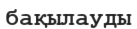
бақылауды